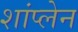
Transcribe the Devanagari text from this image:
शांप्लेन